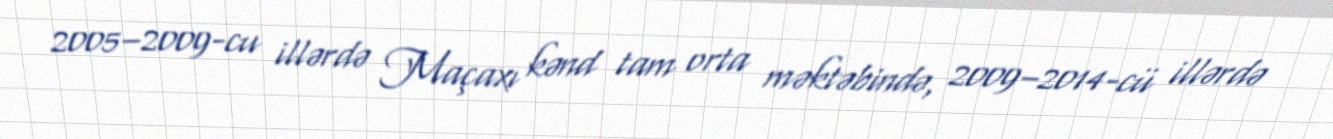
2005–2009-cu illərdə Maçaxı kənd tam orta məktəbində, 2009–2014-cü illərdə